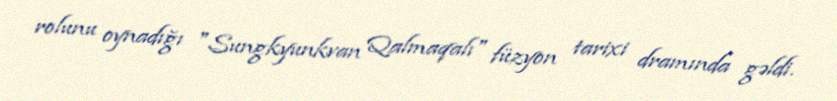
rolunu oynadığı "Sungkyunkvan Qalmaqalı" füzyon tarixi dramında gəldi.